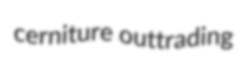
cerniture outtrading